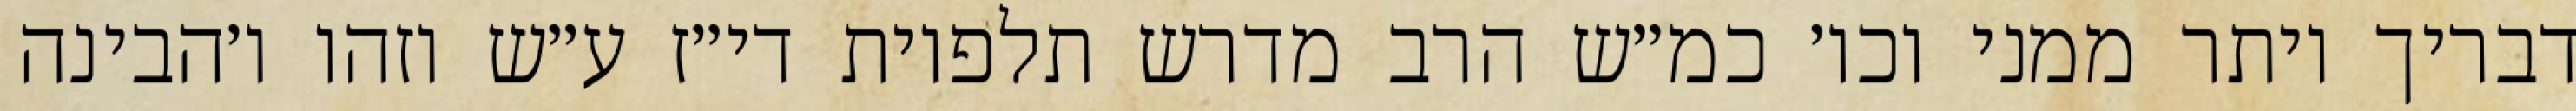
דבריך יותר ממני וכו׳ כמ״ש הרב מדרש תלפיות די״ז ע״ש וזהו ו׳הבינה